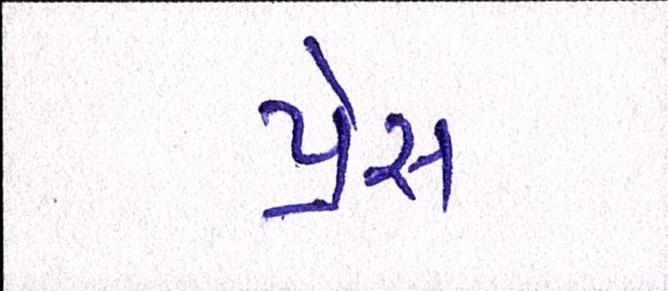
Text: પ્રેસ